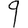
Digit: 9